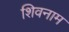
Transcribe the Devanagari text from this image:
शिवनाम